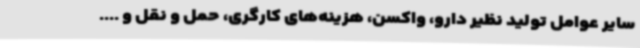
سایر عوامل تولید نظیر دارو، واکسن، هزینه‌های کارگری، حمل و نقل و ....